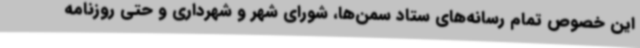
این خصوص تمام رسانه‌های ستاد سمن‌ها، شورای شهر و شهرداری و حتی روزنامه